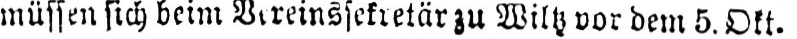
müssen sich beim Vereinssekretär zu Wiltz vor dem 5.Okt.